Vaccination in Burma 1920-1933 - 1920-1933
Year: 1920
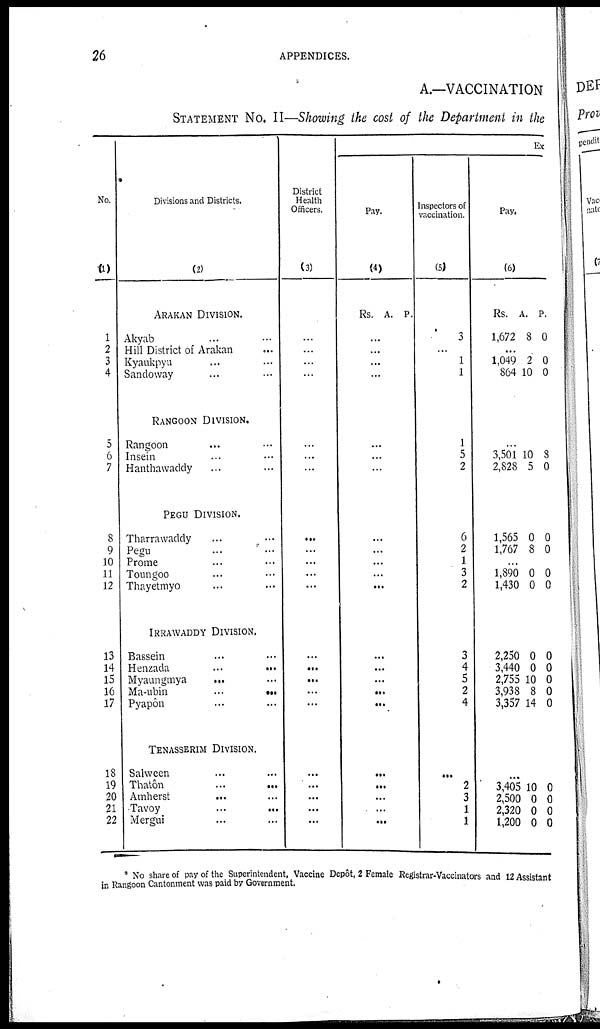
26
APPENDICES.
A.—VACCINATION
STATEMENT No. II—Showing the cost of the Department in the
No.
(1)
1
2
3
4
5
6
7
8
9
10
11
12
13
14
15
16
17
18
19
20
21
22
Divisions and Districts.
(2)
ARAKAN DIVISION.
Akyab ... ...
Hill District of Arakan ...
Kyaukpyu ... ...
Sandoway ... ...
RANGOON DIVISION.
Rangoon ... ...
Insein ... ...
Hanthawaddy ... ...
PEGU DIVISION.
Tharrawaddy ... ...
Pegu ... ...
Prome ... ...
Toungoo ... ...
Thayetmyo ... ...
IRRAWADDY DIVISION.
Bassein ... ...
Henzada
...
...
Myaungmya
... ...
Ma-ubin
...
...
Pyapôn ... ...
TENASSERIM DIVISION.
Salween ... ...
Thatôn ... ...
Amherst
... ...
Tavoy
...
...
Mergui ... ...
District
Health
Officers.
(3)
...
...
...
...
...
...
...
...
...
...
...
...
...
...
...
...
...
...
...
...
...
...
Ex
Pay.
(4)
Rs. A. P.
...
...
...
...
...
...
...
...
...
...
...
...
...
...
...
...
...
...
...
...
...
...
Inspectors of
vaccination.
(5)
3
...
1
1
1
5
2
6
2
1
3
2
3
4
5
2
4
...
2
3
1
1
Pay.
(6)
Rs.
1,672
A.
8
P.
0
...
1,049
864
2
10
0
0
...
3,501
2,828
10
5 8
0
1,565
1,767
0
8
0
0
...
1,890
1,430
0
0
0
0
2,250
3,440
2,755
3,938
3,357
0
0
10
8
14
0
0
0
0
0
...
3,405
2,500
2,320
1,200
10
0
0
0
0
0 0
0
* No share of pay of the Superintendent, Vaccine Depôt, 2 Female Registrar-Vaccinators and 12 Assistant
in Rangoon Cantonment was paid by Government.